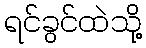
ရင်ခွင်ထဲသို့